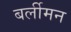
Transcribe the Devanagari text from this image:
बर्लीमन